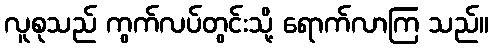
လူစုသည် ကွက်လပ်တွင်းသို့ ရောက်လာကြ သည်။